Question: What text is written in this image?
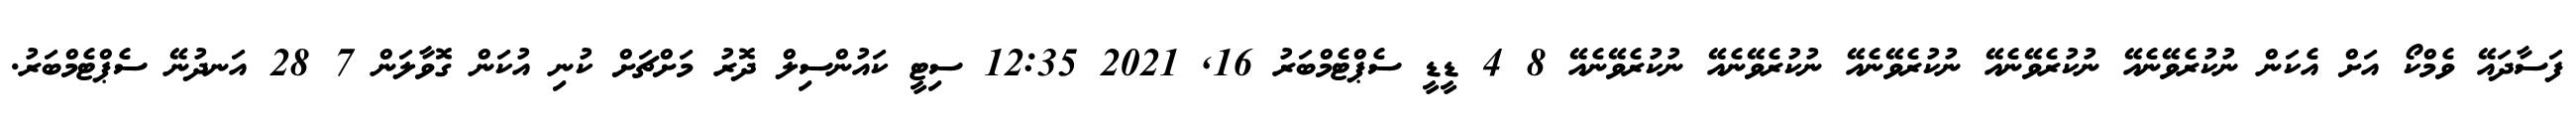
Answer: ފަސާދައޭ ވެމްކޯ އަށް އެކަން ނުކުރެވޭނެއޭ ނުކުރެވޭނެއޭ ނުކުރެވޭނެއޭ ނުކުރެވޭނެއޭ ނުކުރެވޭނެއޭ 8 4 ޑީޑީ ސެޕްޓެމްބަރު 16, 2021 12:35 ސިޓީ ކައުންސިލް ދޮރު މަށްޗަށް ކުނި އުކަން ގޮވާލަން 7 28 އަނދުނޭ ސެޕްޓެމްބަރު.